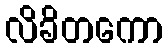
လိခိတကော